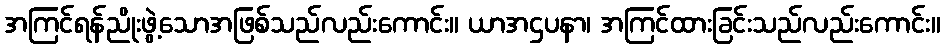
အကြင်ရန်ညိုးဖွဲ့သောအဖြစ်သည်လည်းကောင်း။ ယာအဌပနာ၊ အကြင်ထားခြင်းသည်လည်းကောင်း။